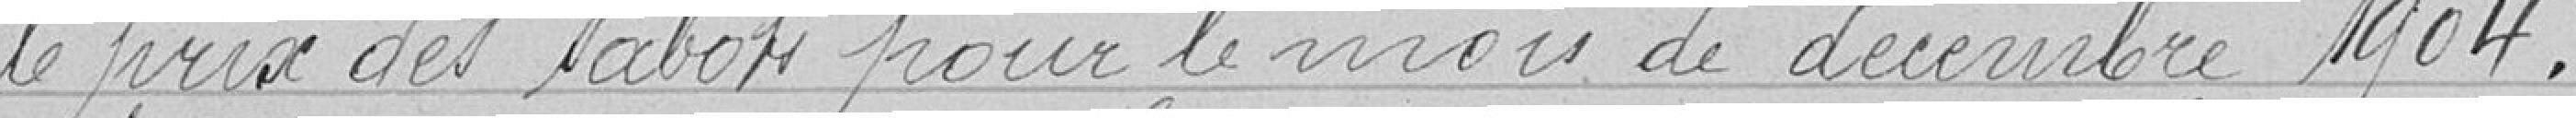
le prix des sabots pour le mois de décembre 1904.